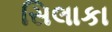
સિલાકા